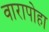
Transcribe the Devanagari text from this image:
वारापोहा